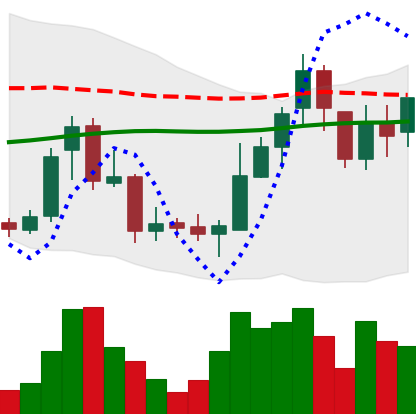
Ticker: BNB-USD
Chart end date: 2018-08-02
Forward return: -7.271%
Label: down_7plus